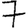
Digit: 7